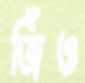
জিঁও